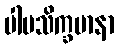
ပါပသိက္ခမာနာ